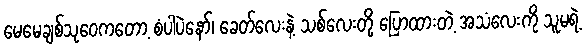
မေမေချစ်သုဝေကတော့ စံပါပဲနော်၊ ခေတ်လေးနဲ့ သစ်လေးတို့ ပြောထားတဲ့ အသံလေးကို သူမရဲ့